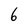
Character: 6